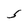
Character: s